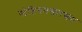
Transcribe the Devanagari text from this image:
स्टेडियमसारख्या